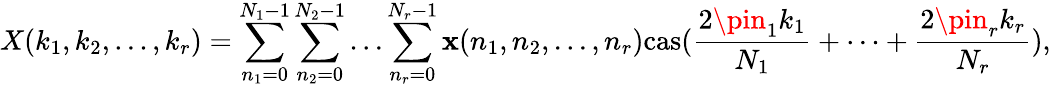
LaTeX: X(k_{1},k_{2},...,k_{r})=\sum_{n_{1}=0}^{N_{1}-1}\sum_{n_{2}=0}^{N_{2}-1}\dots\sum_{n_{r}=0}^{N_{r}-1}\mathbf{x}(n_{1},n_{2},...,n_{r})\mathrm{{{cas}}}({\frac{{2\pin_{1}k_{1}}}{{N_{1}}}}+\dots+{\frac{{2\pin_{r}k_{r}}}{{N_{r}}}}),